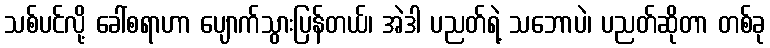
သစ်ပင်လို့ ခေါ်စရာဟာ ပျောက်သွားပြန်တယ်၊ အဲဒါ ပညတ်ရဲ့ သဘောပဲ၊ ပညတ်ဆိုတာ တစ်ခု